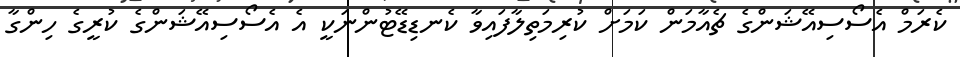
ކެރަމް އެސޯސިއޭޝަންގެ ޗެއާމަން ކަމަށް ކުރިމަތިލާފައިވާ ކެނޑިޑޭޓުންނަކީ އެ އެސޯސިއޭޝަންގެ ކުރީގެ ހިންގާ